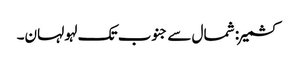
کشمیر: شمال سے جنوب تک لہو لہان۔